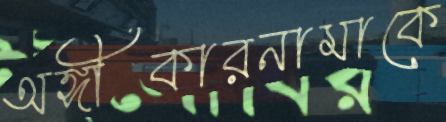
অঙ্গীকারনামাকে